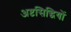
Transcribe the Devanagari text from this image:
अष्टसिद्धियों